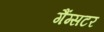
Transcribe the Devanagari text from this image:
गैंग्सटर